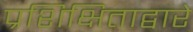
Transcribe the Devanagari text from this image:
प्रशिक्षिताद्वारे